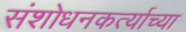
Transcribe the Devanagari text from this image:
संशोधनकर्त्याच्या